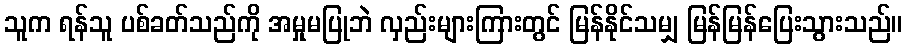
သူက ရန်သူ ပစ်ခတ်သည်ကို အမှုမပြုဘဲ လှည်းများကြားတွင် မြန်နိုင်သမျှ မြန်မြန်ပြေးသွားသည်။